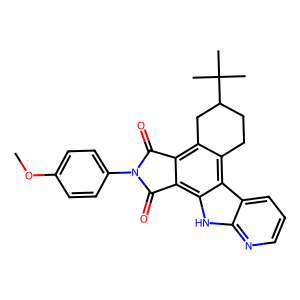
SMILES: COc1ccc(N2C(=O)c3c4c(c5c([nH]c6ncccc65)c3C2=O)CCC(C(C)(C)C)C4)cc1
Inhibits HIV replication: Yes